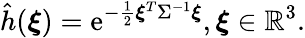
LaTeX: \hat{h}(\boldsymbol{\xi})=\mathrm{e}^{-\frac{1}{2}\boldsymbol{\xi}^{T}\Sigma^{-1}\boldsymbol{\xi}},\boldsymbol{\xi}\in\mathbb{R}^{3}.